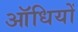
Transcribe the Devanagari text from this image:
ऑधियों